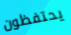
يحتفظون